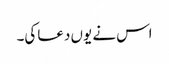
اس نے یوں دعا کی۔